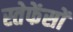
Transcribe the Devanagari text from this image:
स्तेफेंसों